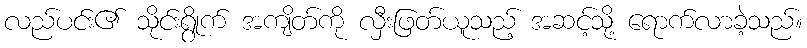
လည်ပင်း၏ သိုင်းရွိုက် အကျိတ်ကို လှီးဖြတ်ယူသည့် အဆင့်သို့ ရောက်လာခဲ့သည်။